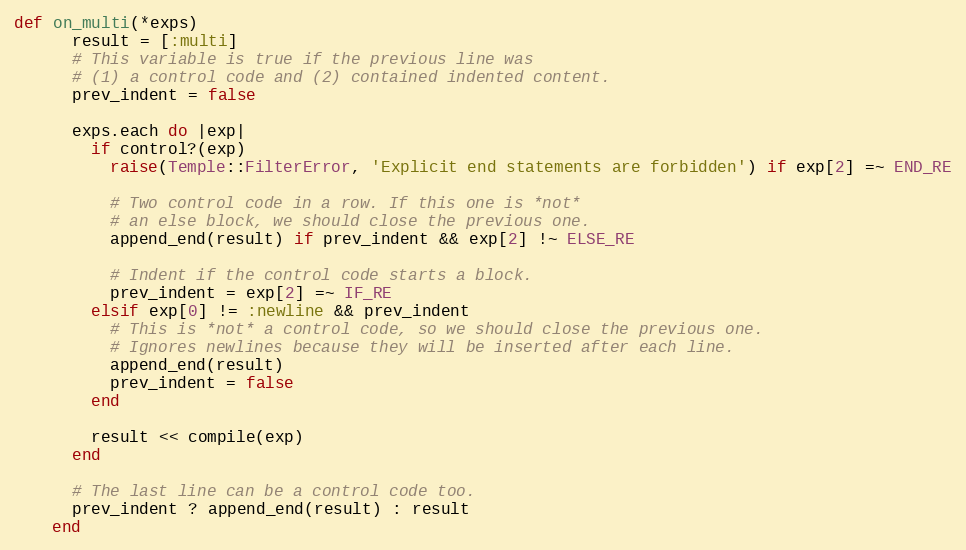
Language: Ruby
def on_multi(*exps)
      result = [:multi]
      # This variable is true if the previous line was
      # (1) a control code and (2) contained indented content.
      prev_indent = false

      exps.each do |exp|
        if control?(exp)
          raise(Temple::FilterError, 'Explicit end statements are forbidden') if exp[2] =~ END_RE

          # Two control code in a row. If this one is *not*
          # an else block, we should close the previous one.
          append_end(result) if prev_indent && exp[2] !~ ELSE_RE

          # Indent if the control code starts a block.
          prev_indent = exp[2] =~ IF_RE
        elsif exp[0] != :newline && prev_indent
          # This is *not* a control code, so we should close the previous one.
          # Ignores newlines because they will be inserted after each line.
          append_end(result)
          prev_indent = false
        end

        result << compile(exp)
      end

      # The last line can be a control code too.
      prev_indent ? append_end(result) : result
    end